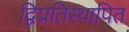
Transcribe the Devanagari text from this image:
द्विप्रतिस्थापित